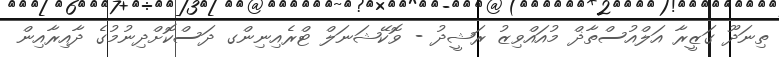
ތިނަދޫ ގަޒީރާ އަލްއުސްތާޛް މުއައްވިޒު ރަޝީދު - ވޮކޭޝަނަލް ޓްރެއިނިންގ ދަސްކޮށްދިނުމުގެ ދާއިރާއިން